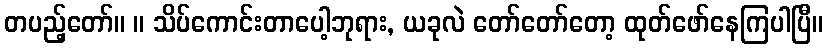
တပည့်တော်။ ။ သိပ်ကောင်းတာပေါ့ဘုရား, ယခုလဲ တော်တော်တော့ ထုတ်ဖော်နေကြပါပြီ။